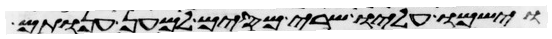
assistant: וישמו עליו שרי מסים למען ענותם